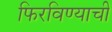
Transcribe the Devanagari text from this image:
फिरविण्याची